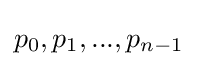
p_{0},p_{1},...,p_{n-1}